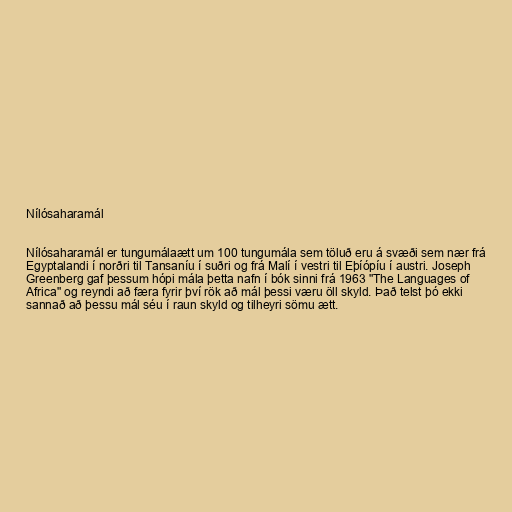
Nílósaharamál

Nílósaharamál er tungumálaætt um 100 tungumála sem töluð eru á svæði sem nær frá
Egyptalandi í norðri til Tansaníu í suðri og frá Malí í vestri til Eþíópíu í austri. Joseph
Greenberg gaf þessum hópi mála þetta nafn í bók sinni frá 1963 "The Languages of
Africa" og reyndi að færa fyrir því rök að mál þessi væru öll skyld. Það telst þó ekki
sannað að þessu mál séu í raun skyld og tilheyri sömu ætt.